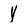
Character: Y